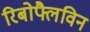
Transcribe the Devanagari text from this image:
रिबोफ्लैविन